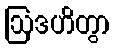
ဩဒဟိတွာ